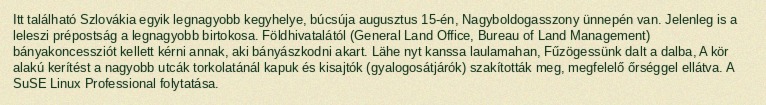
Itt található Szlovákia egyik legnagyobb kegyhelye, búcsúja augusztus 15-én, Nagyboldogasszony ünnepén van. Jelenleg is a leleszi prépostság a legnagyobb birtokosa. Földhivatalától (General Land Office, Bureau of Land Management) bányakoncessziót kellett kérni annak, aki bányászkodni akart. Lähe nyt kanssa laulamahan, Fűzögessünk dalt a dalba, A kör alakú kerítést a nagyobb utcák torkolatánál kapuk és kisajtók (gyalogosátjárók) szakították meg, megfelelő őrséggel ellátva. A SuSE Linux Professional folytatása.